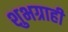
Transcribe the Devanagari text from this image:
शुभग्राही